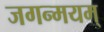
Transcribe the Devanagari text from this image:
जगन्मयम्